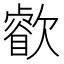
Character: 𣤧